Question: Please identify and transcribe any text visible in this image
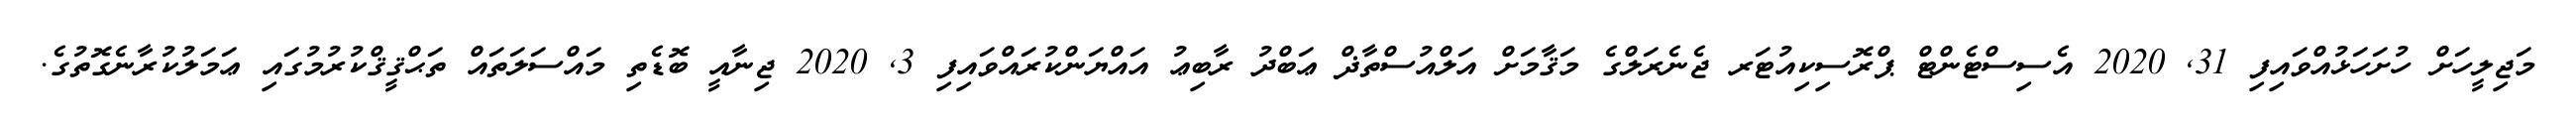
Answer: މަޖިލީހަށް ހުށަހަޅުއްވައިފި 31, 2020 އެސިސްޓެންޓް ޕްރޮސިކިއުޓަރ ޖެނެރަލްގެ މަޤާމަށް އަލްއުސްތާޛް ޢަބްދު ރާބިޢު އައްޔަންކުރައްވައިފި 3, 2020 ޖިނާއީ ބޮޑެތި މައްސަލަތައް ތަޙްޤީޤްކުރުމުގައި ޢަމަލުކުރާނެގޮތުގެ.